Civil Veterinary Department Bihar & Orissa reports 1922-29 - 1922-1929
Year: 1922
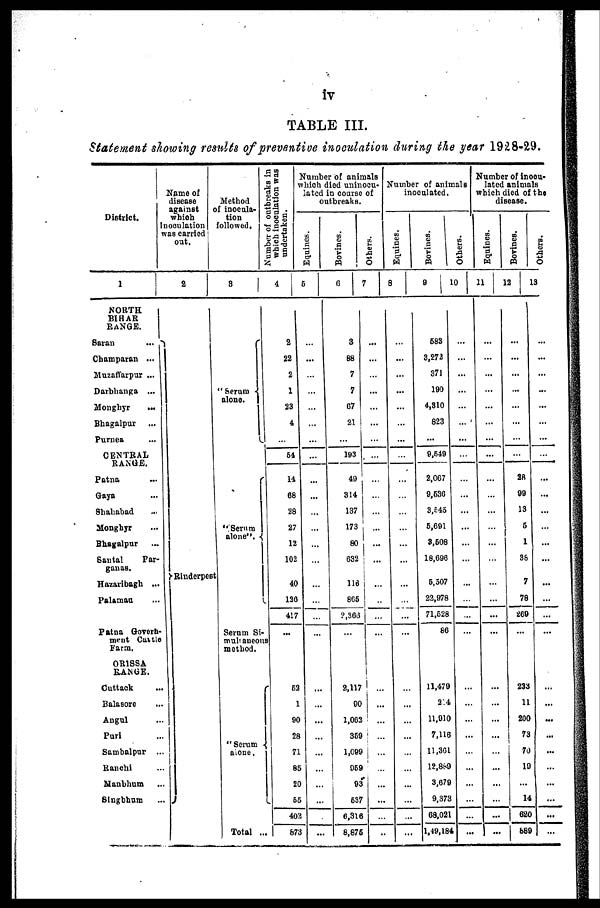
IV
TABLE III.
Statement showing results of preventive inoculation during the year 1928-2.9.
District.
1
NORTH
BIHAR
RANGE.
Baron
...
Champaran ...
Muzaffarpur ...
Darbhanga ...
Monghyr
...
Bhagalpur
Purnea
CENTRAL
RANGE.
Patna
Gaya
Shahabad
Monghyr
Bhagalpur
Santal
Par-
Hazaribagh ...
Palamau
Patna Govern-
ment Cattle
Farm.
ORISSA
RAMUS.
Cuttack
Balasore
Angul
Purl
8ambalpur
Ranchi
Manbham
Singbhum
Name of
disease
against
which
occulation
was carried;
out.
2
Rinderpest
Method
of inocula-
tion
followed.
3
" Serum
alone.
Serum alone".
Serum Si-
multeniously
method.
"Serum alone.
Total ..
Number of outbreaks in
which inoculation was
undertaken.
4
8
22
2
1
23
4
...
64
14
68
28
27
12
102
40
136
417
52
1
90
28
71
86
20
66
402
673
Number of animals
union died uninocu-
lated in course of
outbreak.
Equities.
5
...
...
...
...
...
...
...
...
...
...
...
...
...
...
...
...
...
...
...
Bovines.
6
3
88
7
7
67
21
...
193
49
314
137
173
80
63
116
805
2,368
...
2,117
90
1,083
369
1,099
359
93
537
6,316
8,875
Others.
7
2
...
...
...
Number of animals
inoculated.
8
...
...
...
...
...
...
...
...
...
...
...
...
...
...
...
...
...
...
...
...
...
...
Equince.
Bovines.
9
...
583
...
3,272
...
371
...
190
...
4,810 ...
823
...
... 9,549
2,007
9,536
3,545
5,691
8,608
18,096
5,507
22,978
71,628
...
86
11,479
2.4
11.810
7,116
11,301
12,889
3,679
9,373
68,021
1,49,184
Others.
10
...
...
...
...
...
...
...
...
...
...
...
...
...
...
...
...
...
Number of inocu-
lated animals
which died of the
disease.
Equines.
11
...
...
...
...
...
...
...
...
... ...
...
...
...
...
...
...
...
...
...
...
...
...
...
...
...
...
...
...
Bovines.
12
...
...
...
...
...
...
...
...
...
18
99
13
6
1
38
7
78
269
...
233
11
200
73
70
19
...
14
680
889
Others.
13
...
...
...
...
...
...
...
...
...
...
...
...
...
...
...
...
...
...
...
...
...
...
...
...
...
...
...
...
...